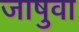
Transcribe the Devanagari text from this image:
जाषुवा